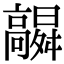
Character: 𮪻